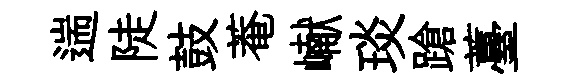
遄陡鼓菴𪩘琰蹌薹